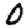
Digit: 0